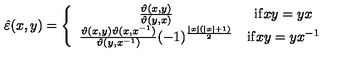
\hat { \varepsilon } ( x , y ) = \left\{ \begin{array} { c c } { \frac { \vartheta ( x , y ) } { \vartheta ( y , x ) } } & { \mathrm { i f } x y = y x } \\ { \frac { \vartheta ( x , y ) \vartheta ( x , x ^ { - 1 } ) } { \vartheta ( y , x ^ { - 1 } ) } ( - 1 ) ^ { \frac { \left| x \right| ( \left| x \right| + 1 ) } { 2 } } } & { \mathrm { i f } x y = y x ^ { - 1 } } \\ \end{array} \right.